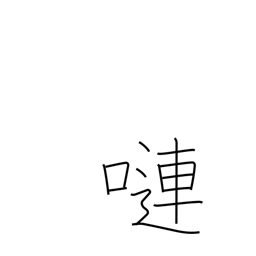
Meaning: voluble